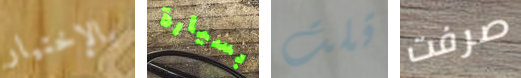
بالإختيار بسيارة قلت صرفت